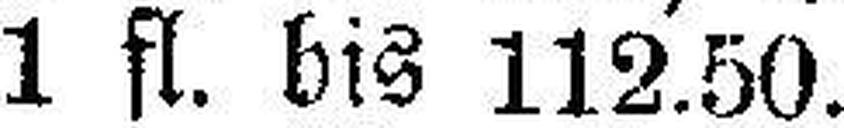
1 fl. bis 112.50.